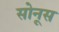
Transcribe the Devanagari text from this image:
सोनूस